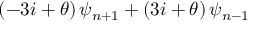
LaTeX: \left( - 3 i + \theta \right) \psi _ { n + 1 } + \left( 3 i + \theta \right) \psi _ { n - 1 }